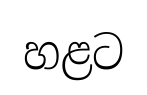
හළට